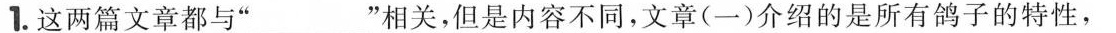
1.这两篇文章都与“\underline”相关，但是内容不同，文章（一）介绍的是所有鸽子的特性，